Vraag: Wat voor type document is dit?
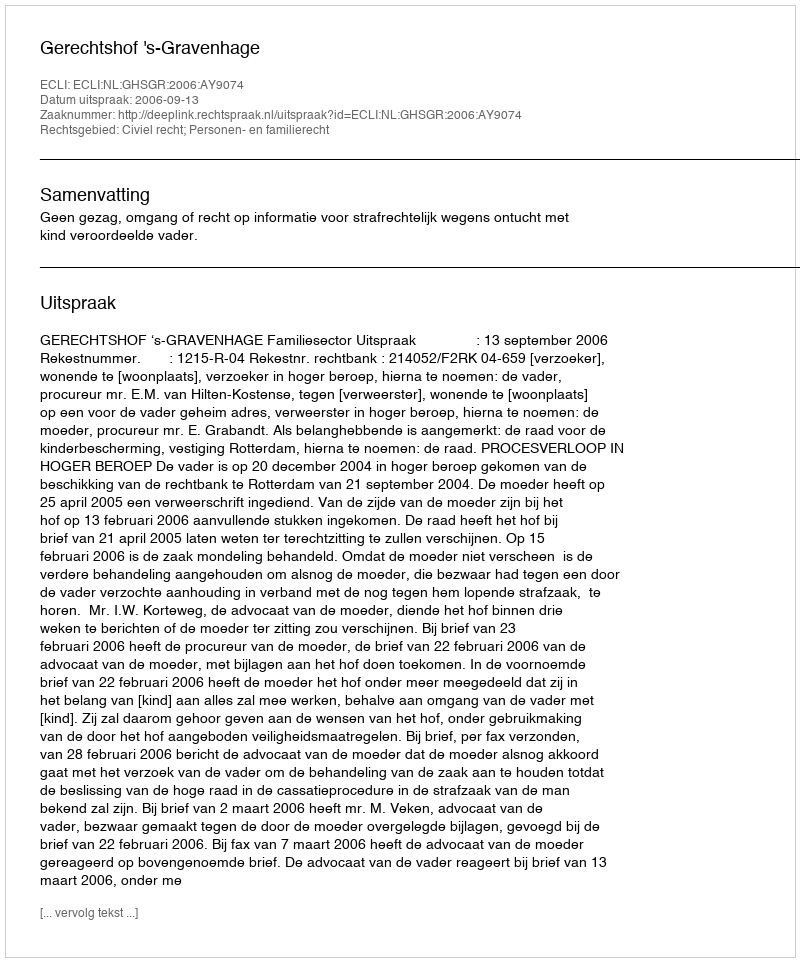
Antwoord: Uitspraak